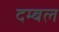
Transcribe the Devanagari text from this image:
दम्बल